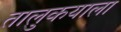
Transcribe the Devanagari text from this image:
तालुकयाला